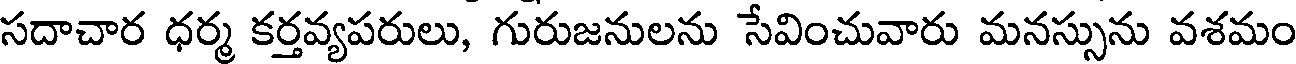
సదాచార ధర్మ కర్తవ్యపరులు, గురుజనులను సేవించువారు మనస్సును వశమం